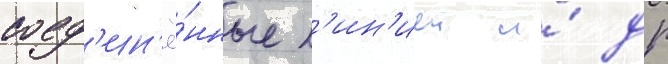
соед'ин'ё́нные л'ин'иеи и́ др